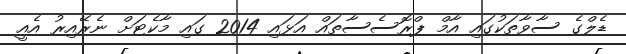
ޑެލްގެ ސާވާތަކުގައި އާމް ޕްރޮސެސާތައް އަޅައި 2014 ގައި މާކެޓަށް ނެރޭއިރު އެއީ